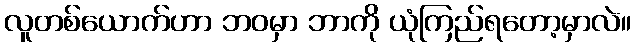
လူတစ်ယောက်ဟာ ဘဝမှာ ဘာကို ယုံကြည်ရတော့မှာလဲ။